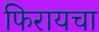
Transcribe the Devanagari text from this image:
फिरायचा